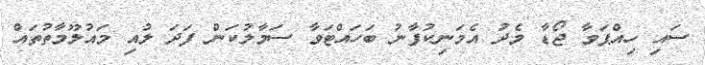
ސައި ހިއްޕަވާ ޖޯޑާ މެދު އެމަނިކުފާނު ބަހައްޓަވާ ސަމާލުކަން ފަދަ ލުއި މައުލޫމާތުތައް